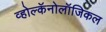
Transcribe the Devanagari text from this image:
व्होल्कॅनोलॉजिकल